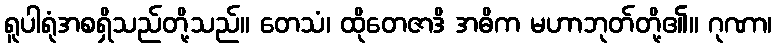
ရူပါရုံအစရှိသည်တို့သည်။ တေသံ၊ ထိုတေဇာဒိ အဓိက မဟာဘုတ်တို့၏။ ဂုဏာ၊